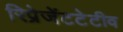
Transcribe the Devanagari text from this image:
रिप्रेजेंटटेटीव